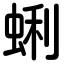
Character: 蜊